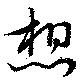
想